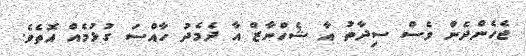
ޖެހެންދެން ވެސް ސިދާތު އާ ޝެހްނާޒް އާ ދެމެދު ހާއްސަ ގުޅުމެއް އޮތެވެ.